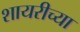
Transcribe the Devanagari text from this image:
शायरीच्या